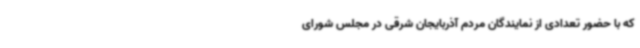
که با حضور تعدادی از نمایندگان مردم آذربایجان شرقی در مجلس شورای